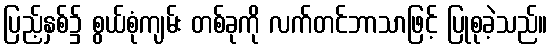
ပြည့်နှစ်၌ စွယ်စုံကျမ်း တစ်ခုကို လက်တင်ဘာသာဖြင့် ပြုစုခဲ့သည်။